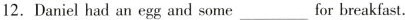
12. Daniel had an egg and some ___ for breakfast.